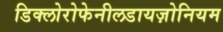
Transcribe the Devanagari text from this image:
डिक्लोरोफेनीलडायज़ोनियम